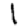
Digit: 1